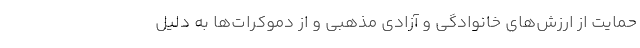
حمایت از ارزش‌های خانوادگی و آزادی مذهبی و از دموکرات‌ها به دلیل